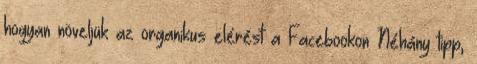
hogyan növeljük az organikus elérést a Facebookon Néhány tipp,